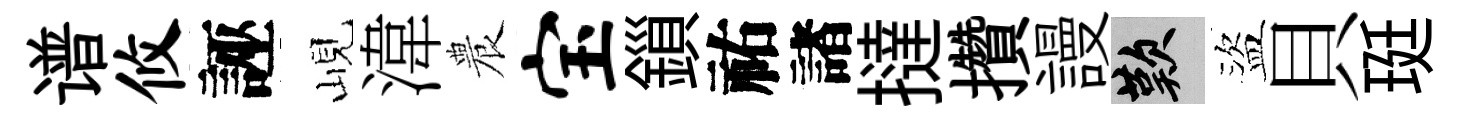
谱攸誣峴湋農宝鎻祐諸撻攢謾嘆盜貝珽